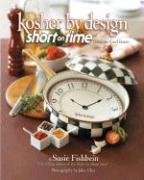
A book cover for Kosher by Design Short on Time: Fabulous Food Faster; Susie Fishbein; Cookbooks, Food & Wine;